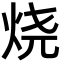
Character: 烧